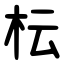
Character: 枟